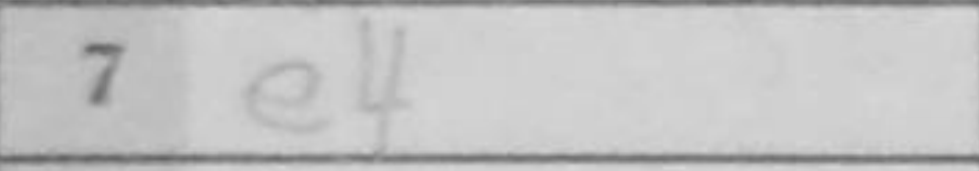
Transcription: e4